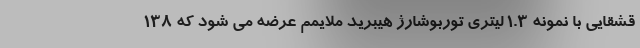
قشقایی با نمونه 1.3 لیتری توربوشارژ هیبرید ملایمم عرضه می شود که 138